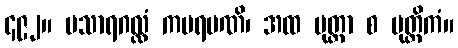
၄၉၂။ မသာရဂလ္လံ ကဗရမဏိ၊ အထ မုတ္တာ စ မုတ္တိကံ။